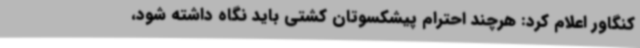
کنگاور اعلام کرد: هرچند احترام پیشکسوتان کشتی باید نگاه داشته شود،